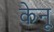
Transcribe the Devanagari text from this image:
केनू